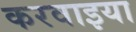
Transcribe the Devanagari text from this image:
करवाइया